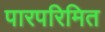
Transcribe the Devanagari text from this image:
पारपरिमित